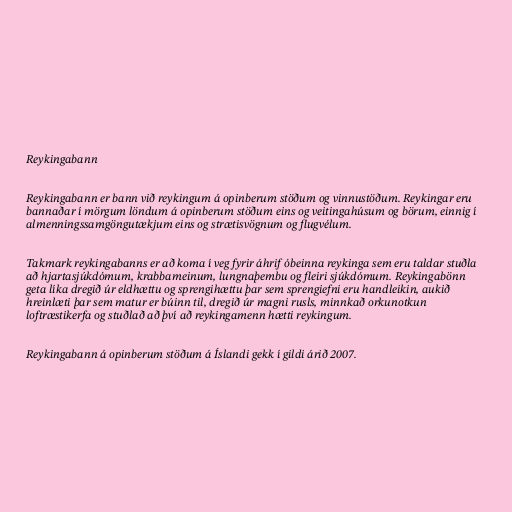
Reykingabann

Reykingabann er bann við reykingum á opinberum stöðum og vinnustöðum. Reykingar eru
bannaðar í mörgum löndum á opinberum stöðum eins og veitingahúsum og börum, einnig í
almenningssamgöngutækjum eins og strætisvögnum og flugvélum.

Takmark reykingabanns er að koma í veg fyrir áhrif óbeinna reykinga sem eru taldar stuðla
að hjartasjúkdómum, krabbameinum, lungnaþembu og fleiri sjúkdómum. Reykingabönn
geta líka dregið úr eldhættu og sprengihættu þar sem sprengiefni eru handleikin, aukið
hreinlæti þar sem matur er búinn til, dregið úr magni rusls, minnkað orkunotkun
loftræstikerfa og stuðlað að því að reykingamenn hætti reykingum.

Reykingabann á opinberum stöðum á Íslandi gekk í gildi árið 2007.